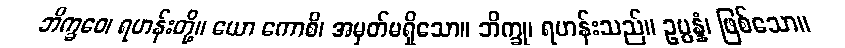
ဘိက္ခဝေ၊ ရဟန်းတို့။ ယော ကောစိ၊ အမှတ်မရှိသော။ ဘိက္ခု၊ ရဟန်းသည်။ ဥပ္ပန္နံ၊ ဖြစ်သော။